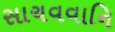
સાચવવાનિ